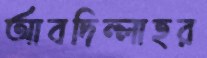
আবদিল্লাহর